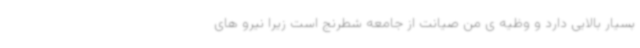
بسیار بالایی دارد و وظیه ی من صیانت از جامعه شطرنج است زیرا نیرو های